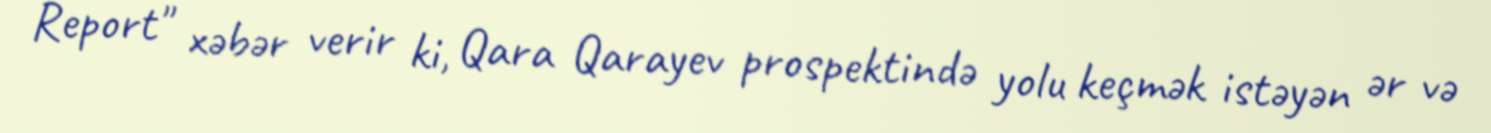
Report" xəbər verir ki, Qara Qarayev prospektində yolu keçmək istəyən ər və